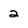
Character: 2